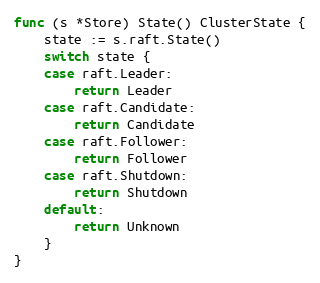
Language: Go
func (s *Store) State() ClusterState {
	state := s.raft.State()
	switch state {
	case raft.Leader:
		return Leader
	case raft.Candidate:
		return Candidate
	case raft.Follower:
		return Follower
	case raft.Shutdown:
		return Shutdown
	default:
		return Unknown
	}
}